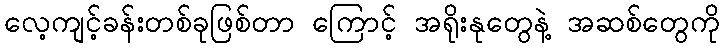
လေ့ကျင့်ခန်းတစ်ခုဖြစ်တာ ကြောင့် အရိုးနုတွေနဲ့ အဆစ်တွေကို